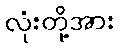
လုံးတို့အား